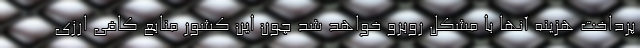
پرداخت هزینه آنها با مشکل روبرو خواهد شد چون این کشور منابع کافی ارزی